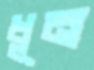
ধূন